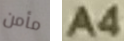
مأمن A4